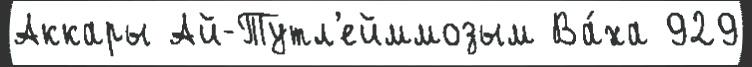
Аккары Ай-Тутл'ейммозым Ва́ха 929